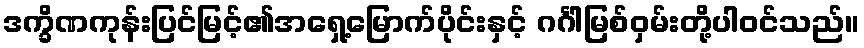
ဒက္ခိဏကုန်းပြင်မြင့်၏အရှေ့မြောက်ပိုင်းနှင့် ဂင်္ဂါမြစ်ဝှမ်းတို့ပါဝင်သည်။